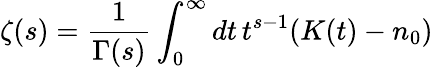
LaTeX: \zeta(s)={\frac{1}{\Gamma(s)}}\int_{0}^{\infty}dt\, t^{s-1}(K(t)-n_{0})